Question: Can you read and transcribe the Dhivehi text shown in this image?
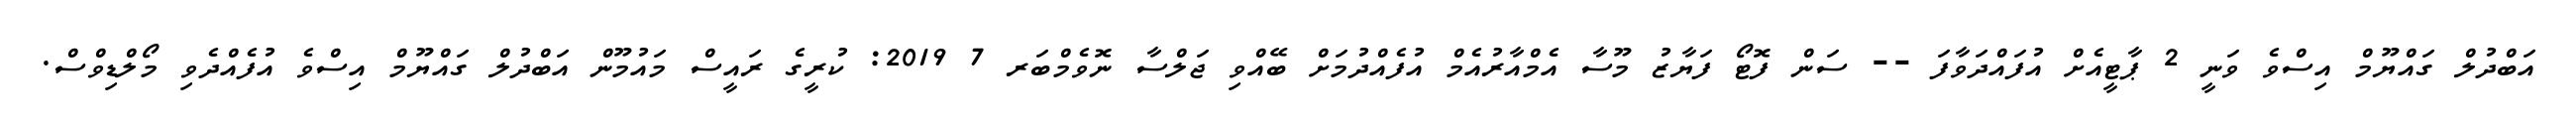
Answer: އަބްދުލް ގައްޔޫމް އިސްވެ ވަނީ 2 ޕާޓީއެށް އުފައްދަވާފަ -- ސަން ފޮޓޯ ފަޔާޒު މޫސާ އެމްއާރުއެމް އުފެއްދުމަށް ބޭއްވި ޖަލްސާ ނޮވެމްބަރ 7 2019: ކުރީގެ ރައީސް މައުމޫން އަބްދުލް ގައްޔޫމް އިސްވެ އުފެއްދެވި މޯލްޑިވްސް.